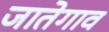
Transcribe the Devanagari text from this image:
जातेगाव